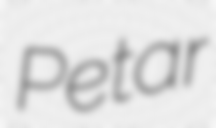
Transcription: Petar